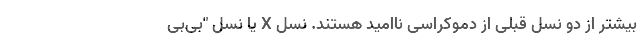
بیشتر از دو نسل قبلی از دموکراسی ناامید هستند. نسل X یا نسل "بی‌بی